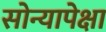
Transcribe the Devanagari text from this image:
सोन्यापेक्षा